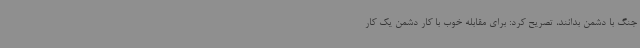
جنگ با دشمن بدانند، تصریح کرد: برای مقابله خوب با کار دشمن یک کار